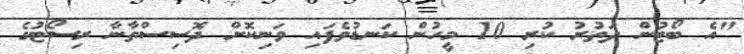
"އެ ބޯޓުން ދަތުރު ކުރި 10 މީހުން ކަނޑުވެފައި ވަނިކޮށް ދޮސިސްތާނާ ރިސޯޓުގެ